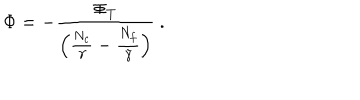
LaTeX: \Phi = - \frac { \Phi _ { T } } { \left( \frac { N _ { c } } { \gamma } - \frac { N _ { f } } { \tilde { \gamma } } \right) } \ .